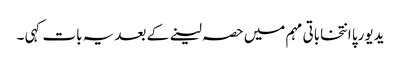
یدیورپا انتخاباتی مہم میں حصہ لینے کے بعد یہ بات کہی ۔